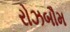
રોઝબૌમ